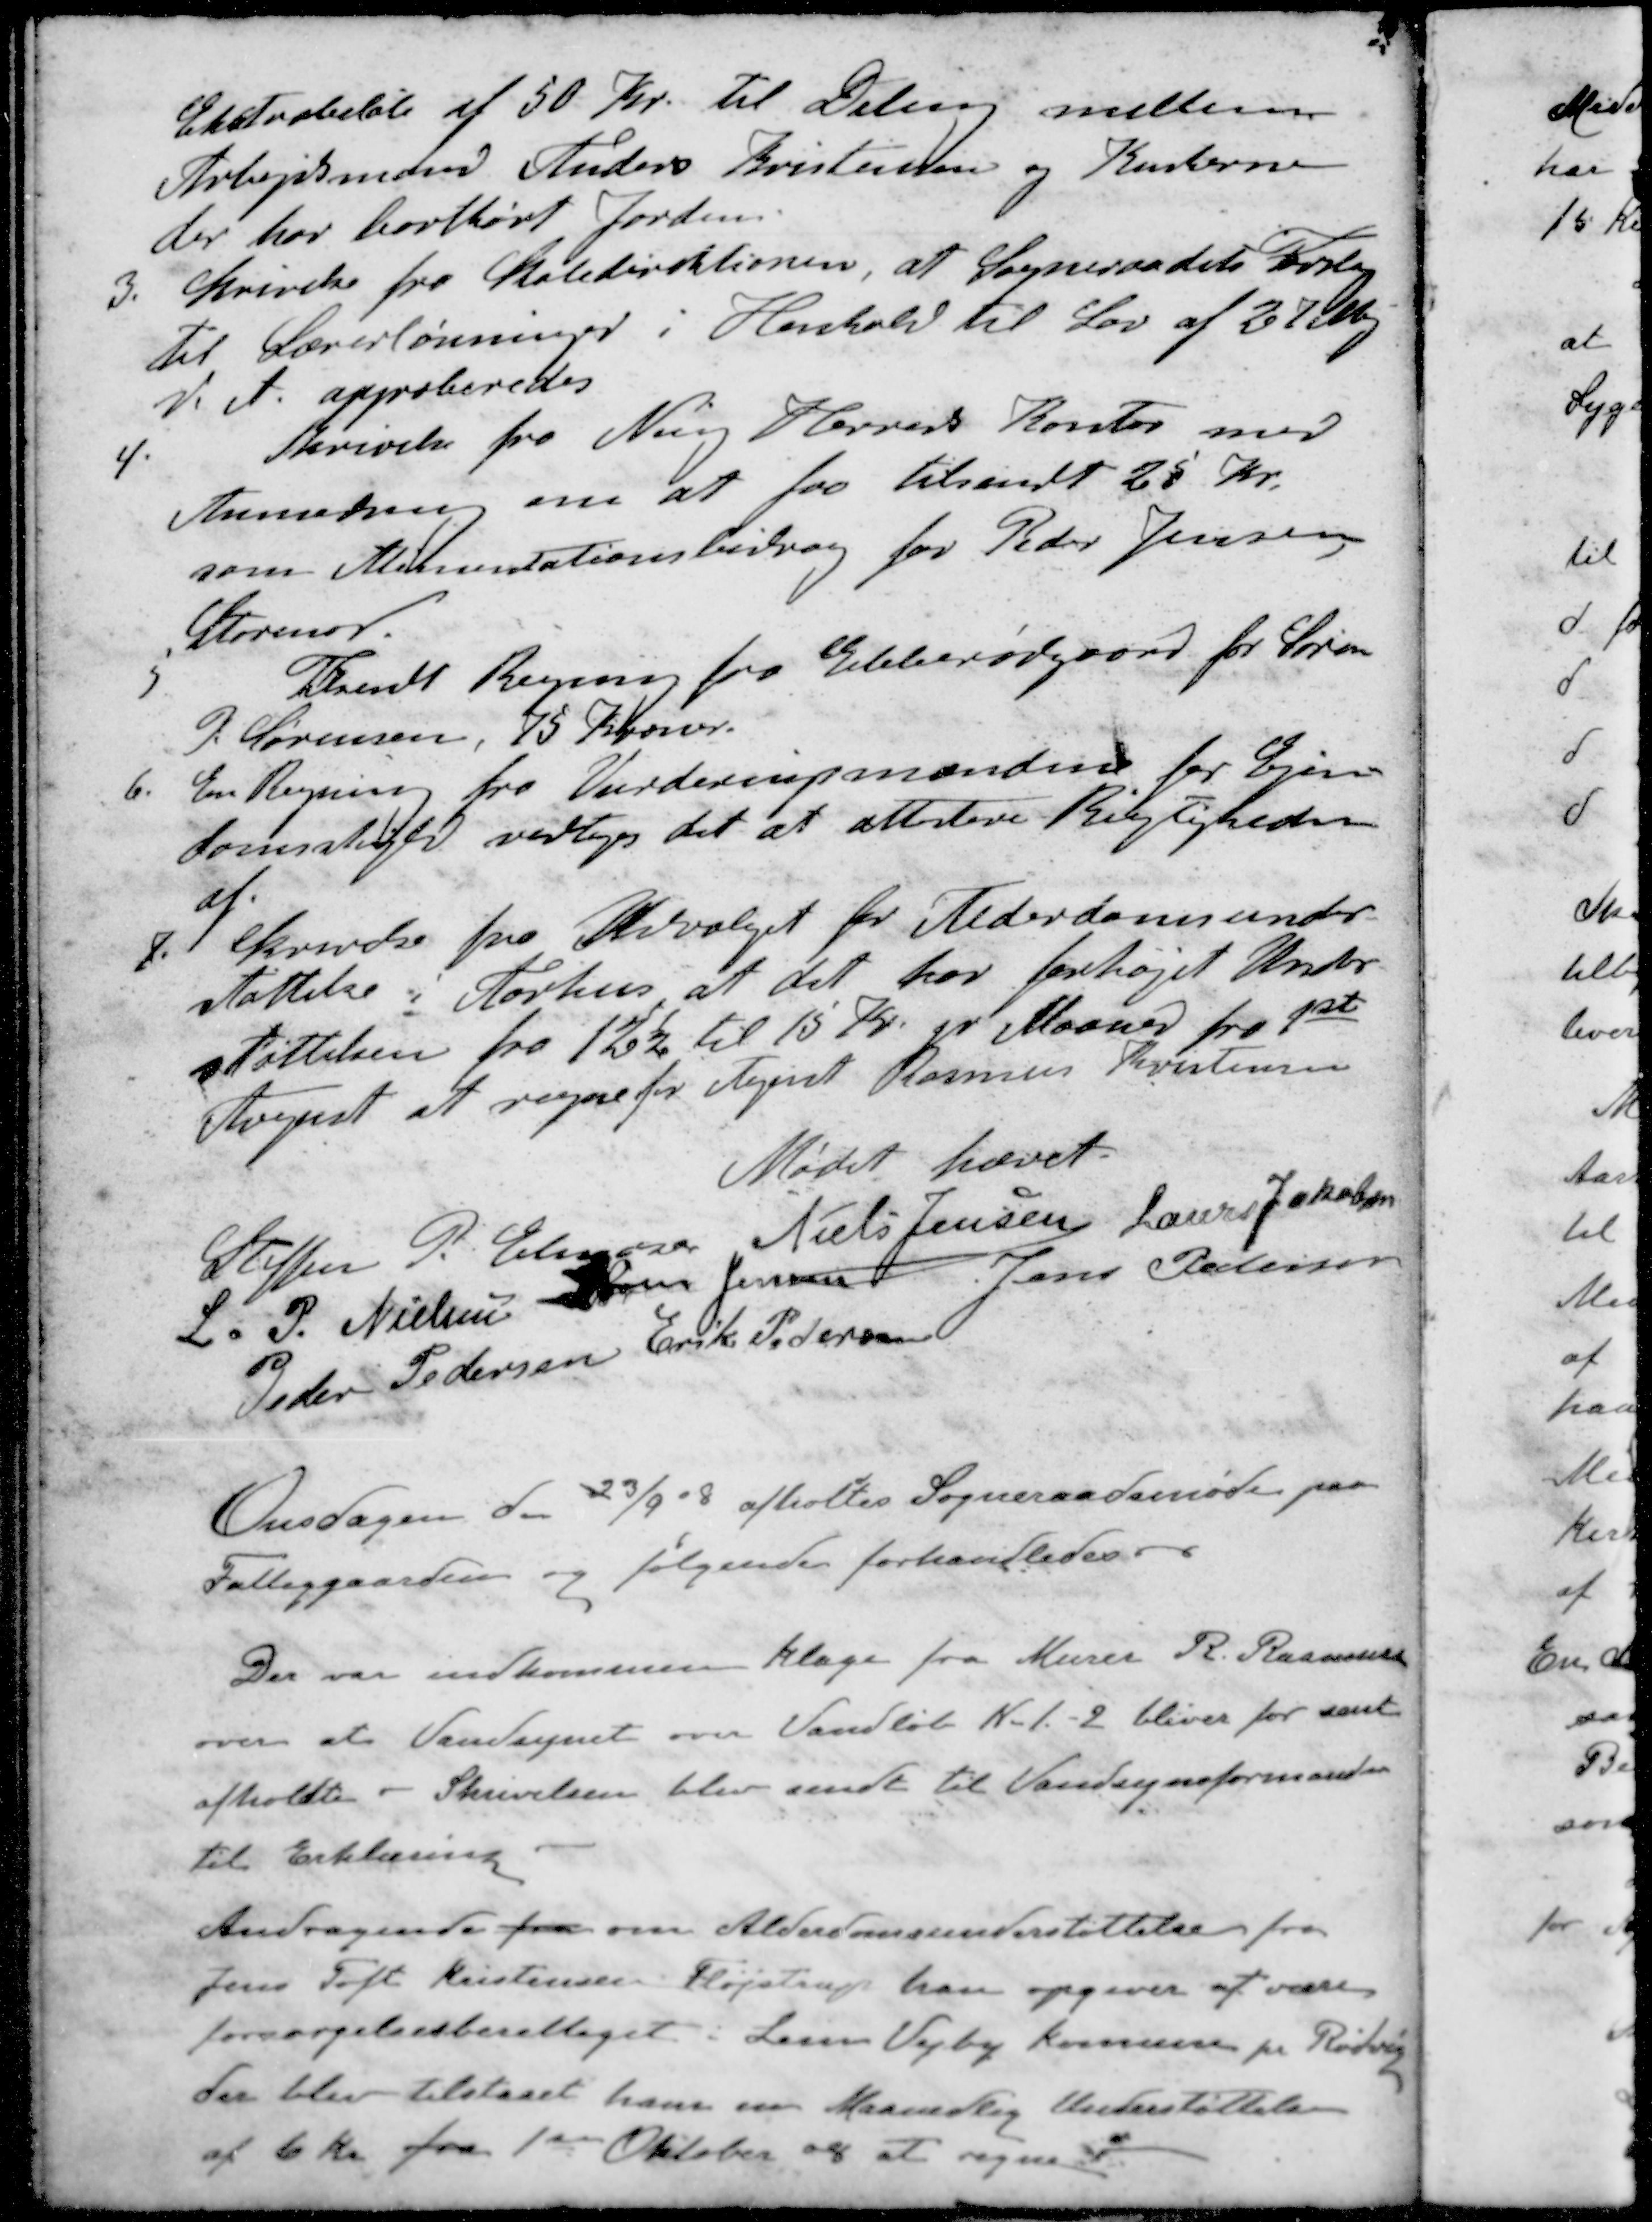
Transskription:
Ekstrabeløb af 50 Kr. til Deling mellem
Arbejdsmand Anders Kristensen og Kuskerne
der har bortkørt Jorden.
3. Skrivelse fra Skoledirektionen, at Sogneraadets Forslag
til Lærerlønninger i Henhold til Lov af 27 Maj
d. A. approberedes
4 Skrivelse fra Ning Herreds Kontor med
Anmodning om at faa tilsendt 25 Kr.
som Alimentationsbidrag for Peder Jensen
Storenor.
5 Tilsendt Regning fra Ebberødgaard for Søren
P. Sørensen, 75 Kroner.
6. En Regning fra Vurderingsmændene for Ejen-
domsskyld vedtoges det at attestere Rigtigheden
af
7. Skrivelse fra Udvalget for Alderdomsunder-
støttelse i Aarhus at det har forhøjet Under-
støttelsen fra 12½ til 15 Kr. pr Maaned fra 1ste
August at regne for Agent Rasmus Kristensen
Mødet hævet.
Steffen P. Elmose
Niels Jensen
Laurs Jakobsen
L. P. Nielsen
Søren Jensen
Jens Petersen
Peder Pedersen
Erik Pedersen
Onsdagen d. 23/9 08 afholdes Sogneraadsmøde paa
Fattiggaarden og følgende forhandledes
Der var indkommen klage fra Murer R. Rasmussen
over at Vandsynet over Vandløb K. 1. - 2 bliver for sent
afholdte - Skrivelsen blev sendt til Vandsynsformanden
til Erklæring
Andragende fra om Alderdomsunderstøttelse fra
Jens Toft Kristensen Fløjstrup han opgiver at være
forsørgelsesberettiget i  Vejby Kommune pr Rødvig
der blev tilstaaet ham en Maanedlig Understøttelse
af 6 kr fra 1ste Oktober og at regne